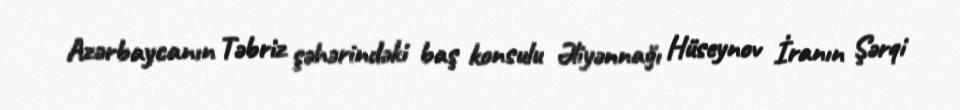
Azərbaycanın Təbriz şəhərindəki baş konsulu Əliyənnağı Hüseynov İranın Şərqi